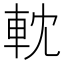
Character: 𨋄